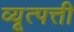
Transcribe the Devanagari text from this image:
व्यूत्पत्ती